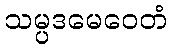
သမ္ပဒမေဝေတံ